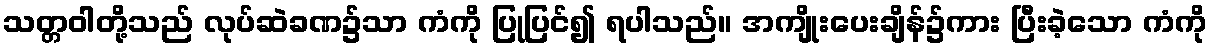
သတ္တဝါတို့သည် လုပ်ဆဲခဏ၌သာ ကံကို ပြုပြင်၍ ရပါသည်။ အကျိုးပေးချိန်၌ကား ပြီးခဲ့သော ကံကို